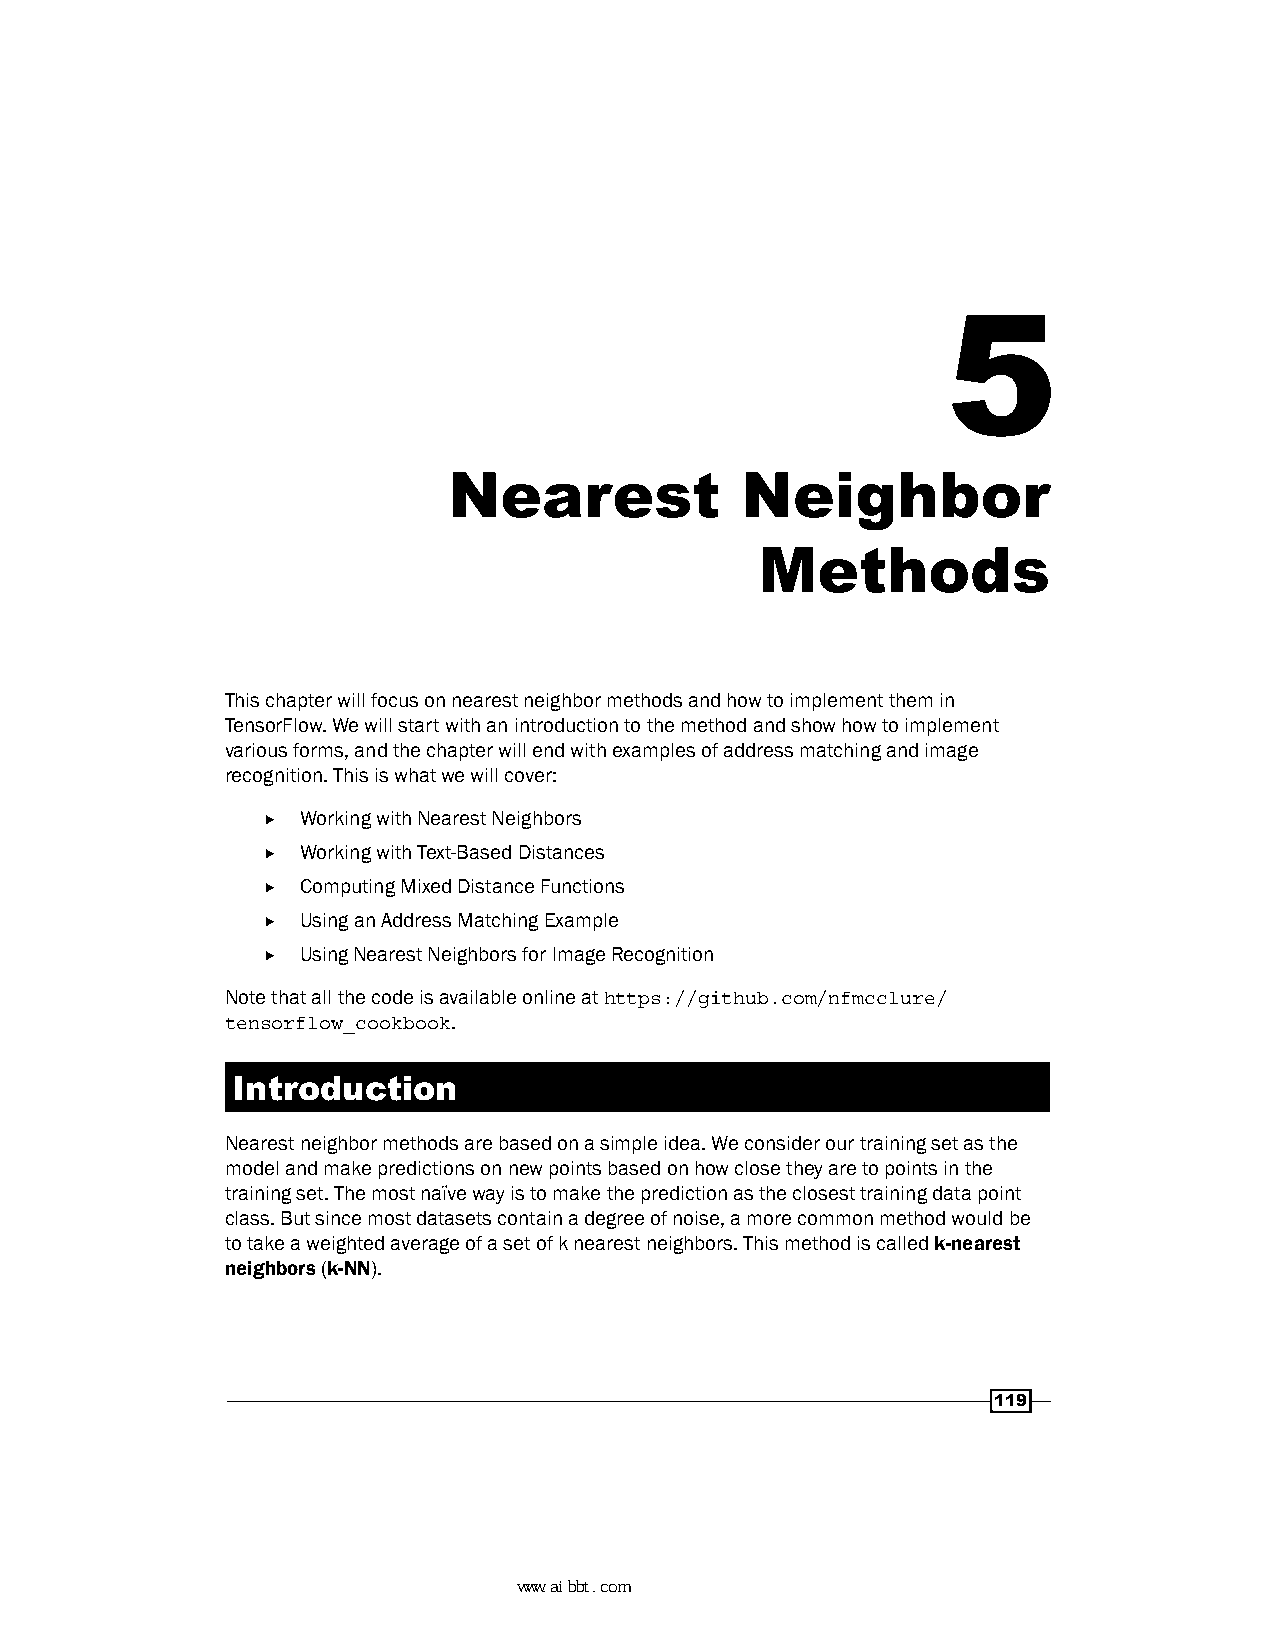
5
 Nearest            Neighbor
 Methods
 This chapter will focus on nearest neighbor methods and how to implement them in
 TensorFlow. We will start with an introduction to the method and show how to implement
 various forms, and the chapter will end with examples of address matching and image
 recognition. This is what we will cover:
 f  Working with Nearest Neighbors
 f  Working with Text-Based Distances
 f  Computing Mixed Distance Functions
 f  Using an Address Matching Example
 f  Using Nearest Neighbors for Image Recognition
 Note that all the code is available online at https://github.com/nfmcclure/
 tensorflow_cookbook.
 Introduction
 Nearest neighbor methods are based on a simple idea. We consider our training set as the
 model and make predictions on new points based on how close they are to points in the
 training set. The most naïve way is to make the prediction as the closest training data point
 class. But since most datasets contain a degree of noise, a more common method would be
 to take a weighted average of a set of k nearest neighbors. This method is called k-nearest
 neighbors (k-NN).
 119
 www.aibbt.com 让未来触手可及